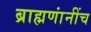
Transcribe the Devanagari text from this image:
ब्राह्मणांनींच